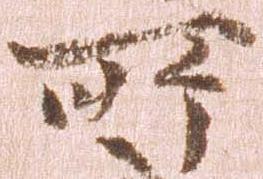
所